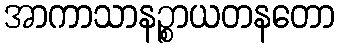
အာကာသာနဉ္စာယတနတော